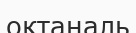
октаналь